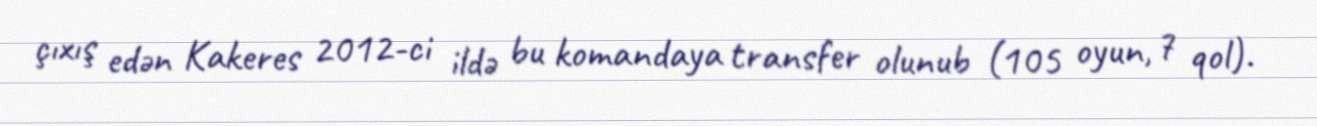
çıхış edən Kakeres 2012-ci ildə bu komandaya transfer olunub (105 oyun, 7 qol).